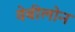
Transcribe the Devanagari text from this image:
वेबीलोन